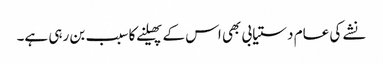
نشے کی عام دستیابی بھی اس کے پھیلنے کا سبب بن رہی ہے۔